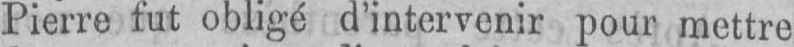
Pierre fut obligé d’intervenir pour mettre